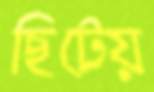
ছিটেয়